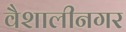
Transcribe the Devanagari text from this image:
वैशालीनगर